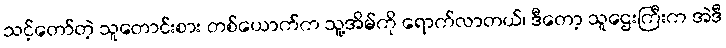
သင့်တော်တဲ့ သူတောင်းစား တစ်ယောက်က သူ့အိမ်ကို ရောက်လာတယ်၊ ဒီတော့ သူဌေးကြီးက အဲဒီ